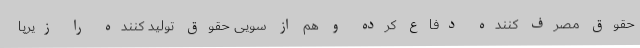
حقوق مصرف کننده دفاع کرده و هم از سویی حقوق تولید کننده را زیرپا